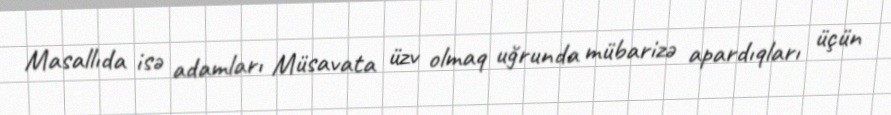
Masallıda isə adamları Müsavata üzv olmaq uğrunda mübarizə apardıqları üçün